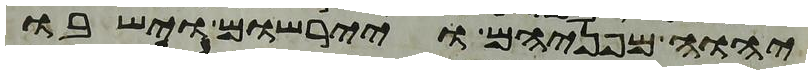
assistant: יהוה מפניהם ויירשום וישבו